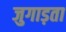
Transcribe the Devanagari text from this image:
जुगाड़ता